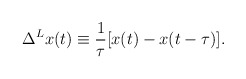
\begin{align*}\Delta^L x(t)\equiv \frac{1}{\tau}[x(t)-x(t-\tau)].\end{align*}